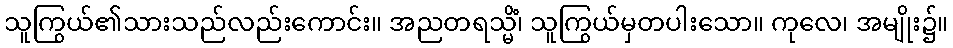
သူကြွယ်၏သားသည်လည်းကောင်း။ အညတရသ္မိံ၊ သူကြွယ်မှတပါးသော။ ကုလေ၊ အမျိုး၌။